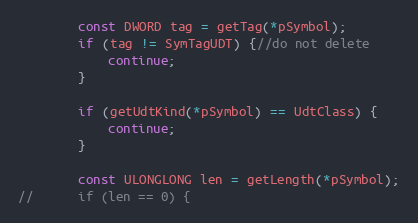
Language: C++
		const DWORD tag = getTag(*pSymbol);
		if (tag != SymTagUDT) {//do not delete
			continue;
		}

		if (getUdtKind(*pSymbol) == UdtClass) {
			continue;
		}

		const ULONGLONG len = getLength(*pSymbol);
//		if (len == 0) {